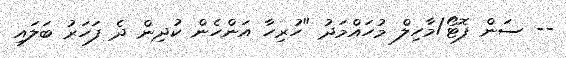
-- ސަން ފޮޓޯ/މާހިލް މުހައްމަދު "ހުރިހާ އަންހެން ކުދިން ދެ ފަހަރު ބަލައި